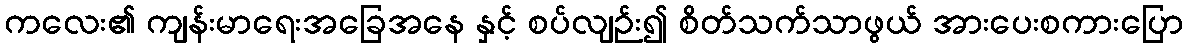
ကလေး၏ ကျန်းမာရေးအခြေအနေ နှင့် စပ်လျဉ်း၍ စိတ်သက်သာဖွယ် အားပေးစကားပြော